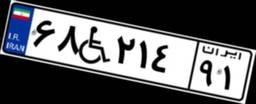
۶۸W۲۱۴۹۱